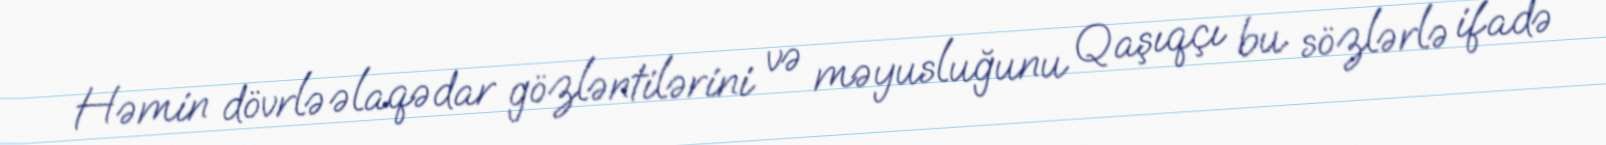
Həmin dövrlə əlaqədar gözləntilərini və məyusluğunu Qaşıqçı bu sözlərlə ifadə